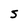
Character: S